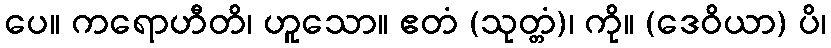
ပေ။ ကရောဟီတိ၊ ဟူသော။ ဧတံ (သုတ္တံ)၊ ကို။ (ဒေဝိယာ) ပိ၊